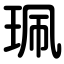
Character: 珮